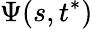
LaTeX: \Psi(s,t^{*})